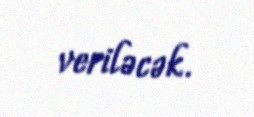
veriləcək.